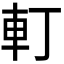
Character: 𨊡